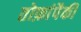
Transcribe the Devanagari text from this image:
तोफ़ांपैकी